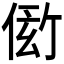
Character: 𬾫